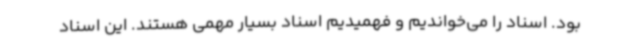
بود. اسناد را می‌خواندیم و فهمیدیم اسناد بسیار مهمی هستند. این اسناد